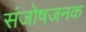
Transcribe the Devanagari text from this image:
संजोषजनक